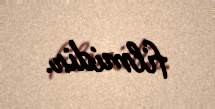
filmidir.